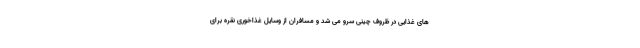
های غذایی در ظروف چینی سرو می شد و مسافران از وسایل غذاخوری نقره برای